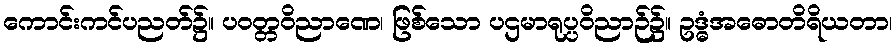
ကောင်းကင်ပညတ်၌။ ပဝတ္တဝိညာဏေ၊ ဖြစ်သော ပဌမာရုပ္ပဝိညာဉ်၌။ ဥဒ္ဓံအဓောတိရိယတာ၊